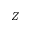
Z